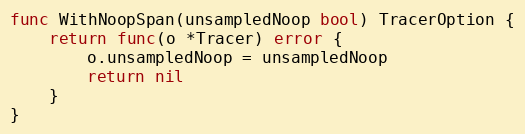
Language: Go
func WithNoopSpan(unsampledNoop bool) TracerOption {
	return func(o *Tracer) error {
		o.unsampledNoop = unsampledNoop
		return nil
	}
}